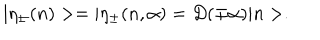
| \eta _ { \pm } ( n ) > = | \eta _ { \pm } ( n , \alpha ) = D ( \mp \alpha ) | n > .